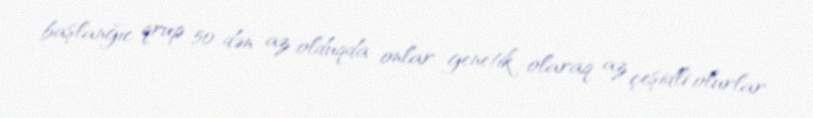
başlanğıc qrup 50-dən az olduqda onlar genetik olaraq az çeşidli olurlar.